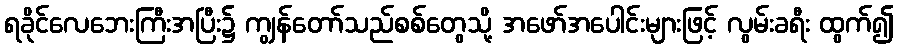
ရခိုင်လေဘေးကြီးအပြီး၌ ကျွန်တော်သည်စစ်တွေသို့ အဖော်အပေါင်းများဖြင့် လွမ်းခရီး ထွက်၍